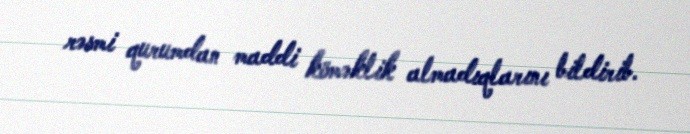
rəsmi qurumdan maddi köməklik almadıqlarını bildirib.